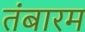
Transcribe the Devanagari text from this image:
तंबारम